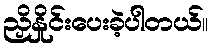
ညှိနှိုင်းပေးခဲ့ပါတယ်။